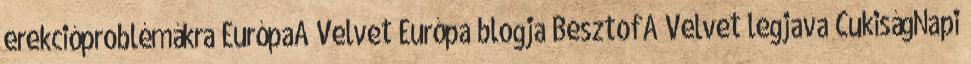
erekcióproblémákra EurópaA Velvet Európa blogja BesztofA Velvet legjava CukiságNapi